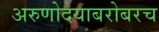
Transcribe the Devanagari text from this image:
अरुणोदयाबरोबरच